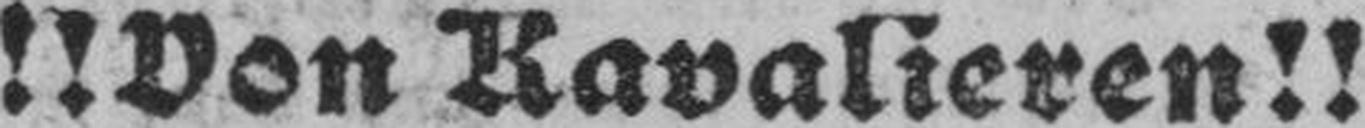
!!Von Kavalieren!!